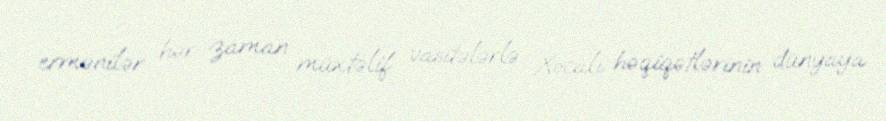
ermənilər hər zaman müxtəlif vasitələrlə Xocalı həqiqətlərinin dünyaya